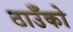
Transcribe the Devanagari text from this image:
ठाउँको